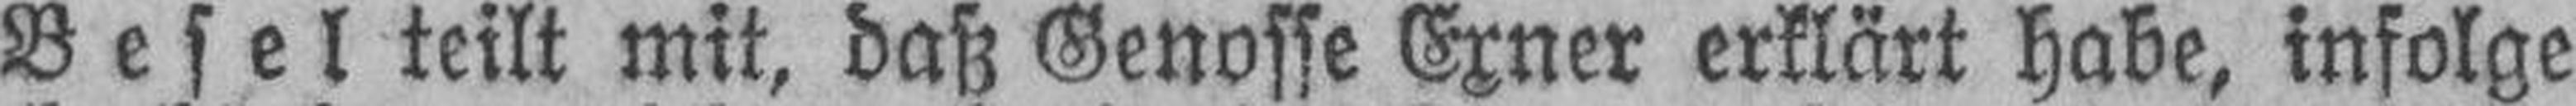
Besel teilt mit, daß Genosse Exner erklärt habe, infolge